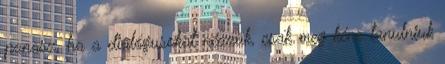
panasz, ha a dialógusokat nézzük, csak meg kéne tanulniuk